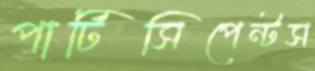
পার্টিসিপেন্টস